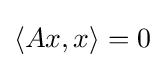
\langle Ax,x\rangle =0